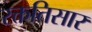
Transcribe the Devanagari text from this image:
रक्ततिसार